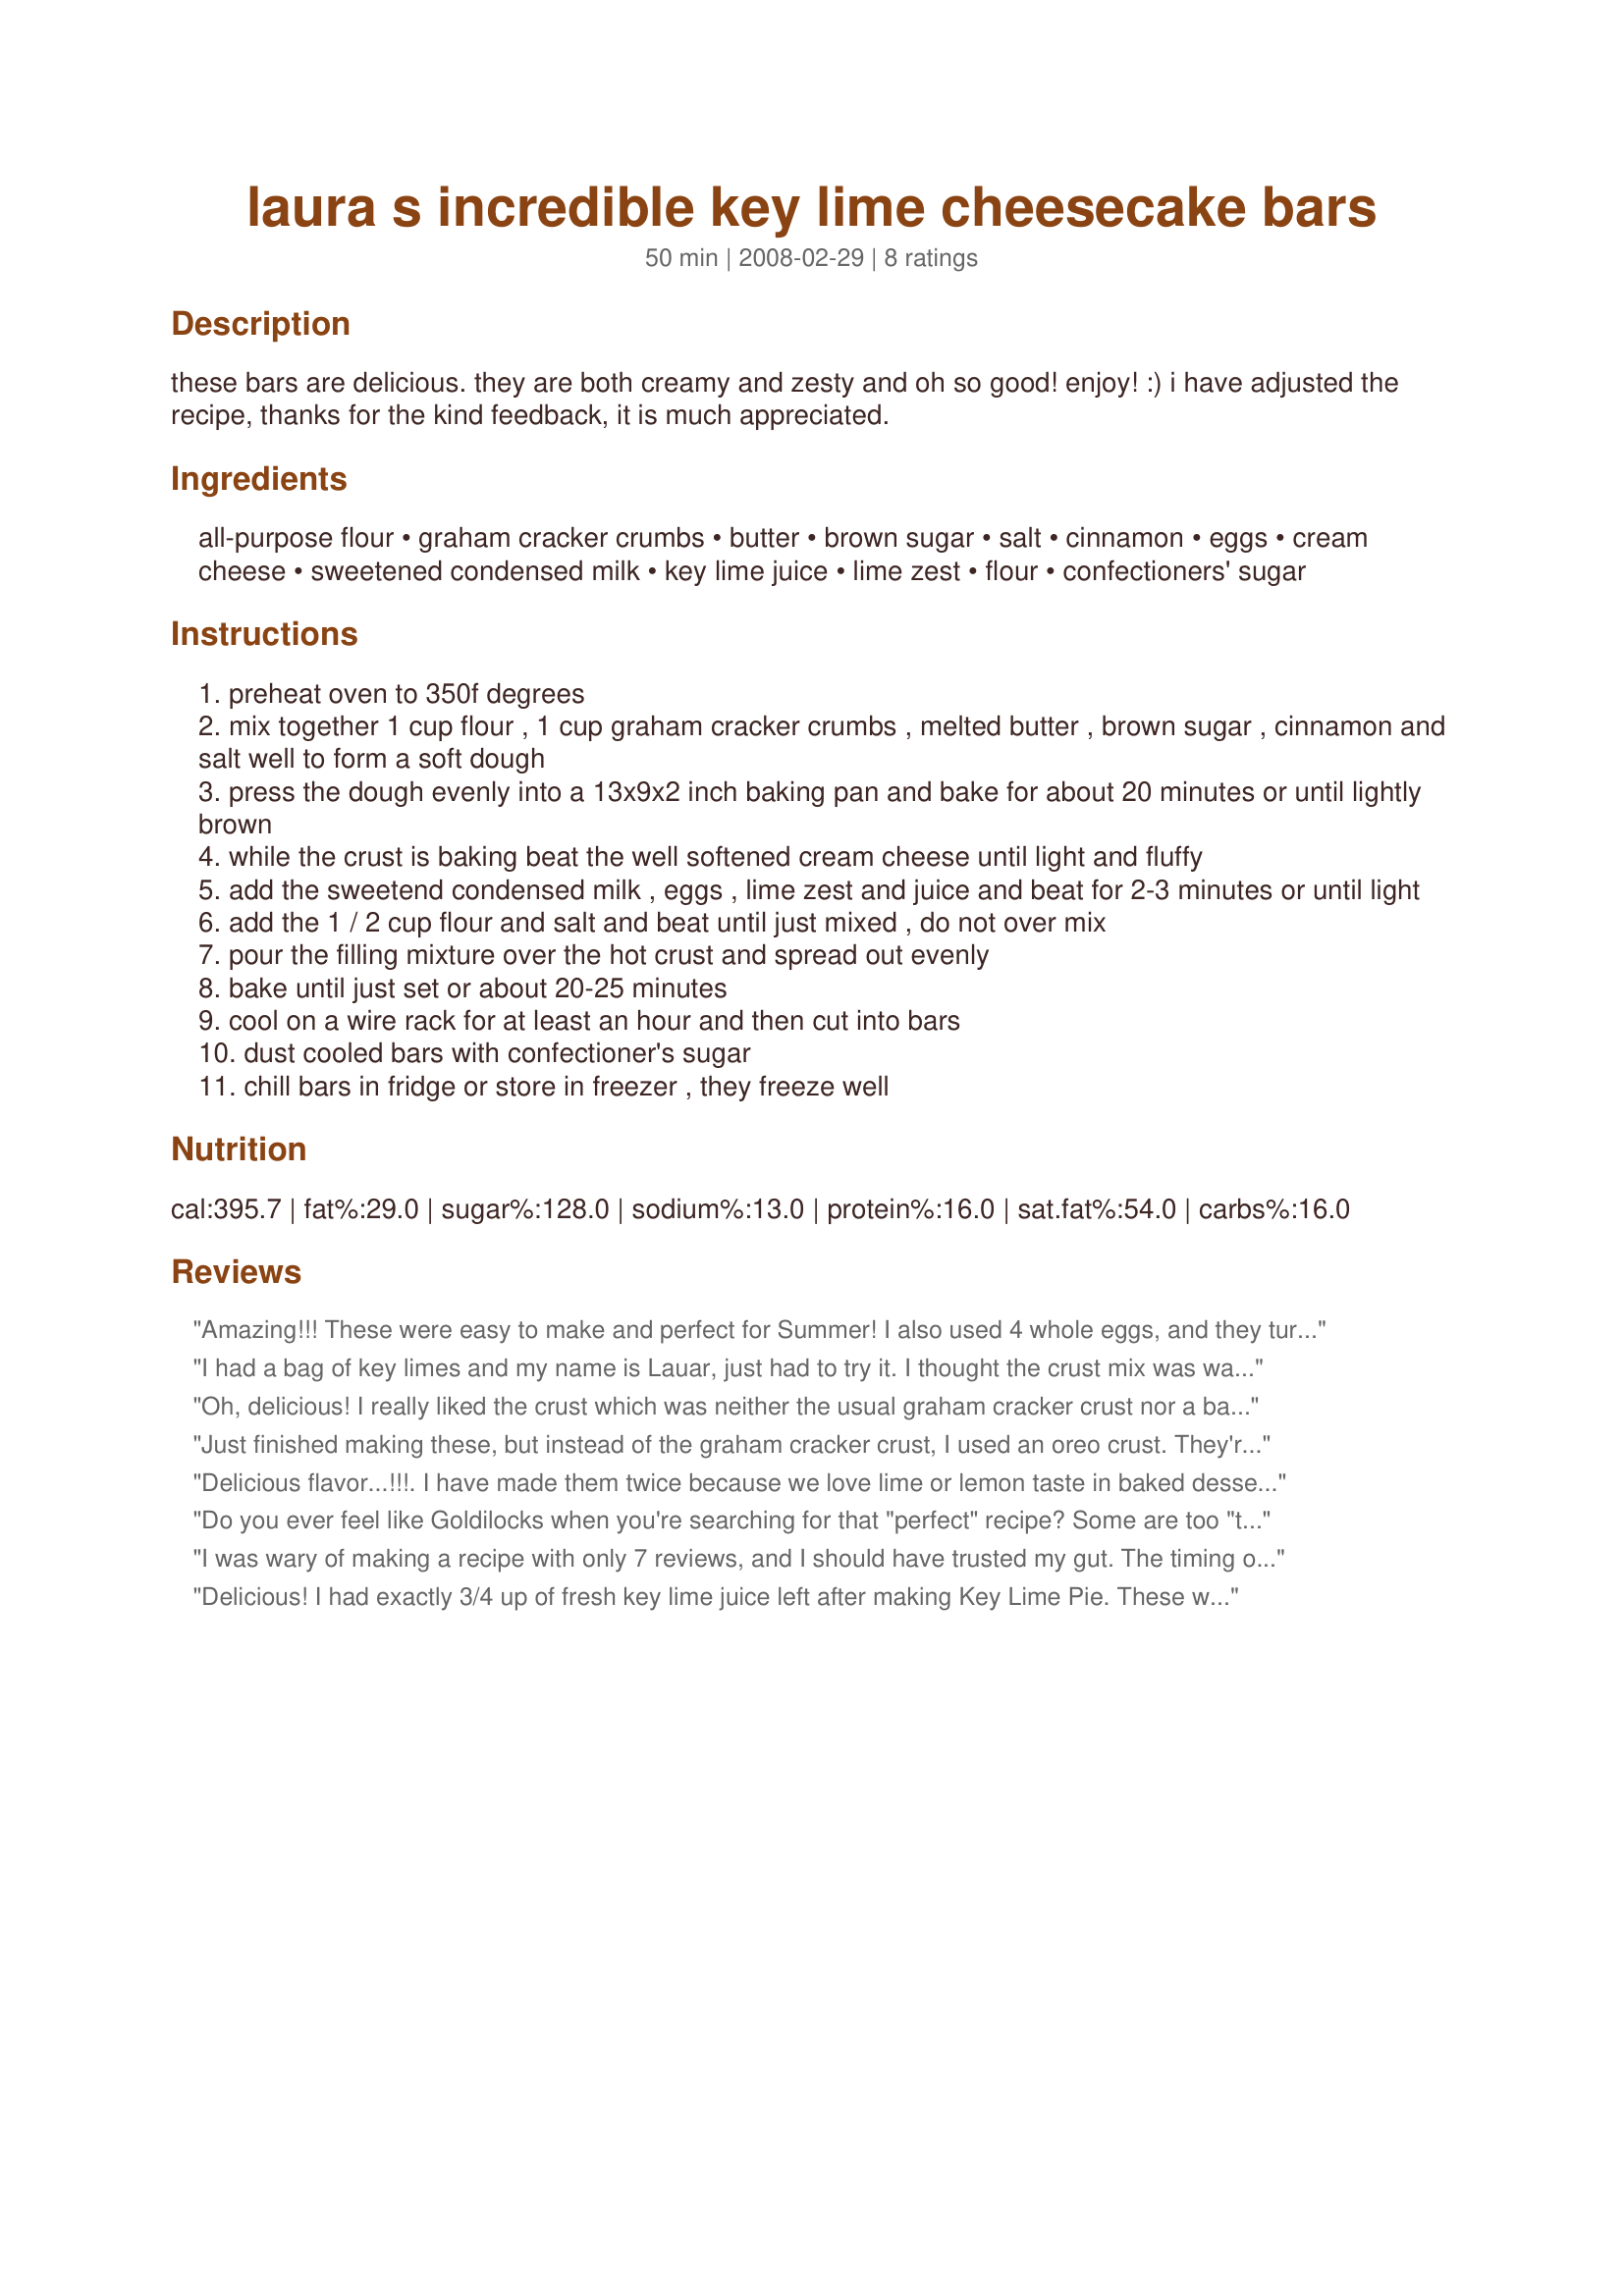
laura s incredible key lime cheesecake bars
Preparation time: 50 minutes

these bars are delicious. they are both creamy and zesty and oh so good! enjoy! :) i have adjusted the recipe, thanks for the kind feedback, it is much appreciated.

Ingredients:
all-purpose flour, graham cracker crumbs, butter, brown sugar, salt, cinnamon, eggs, cream cheese, sweetened condensed milk, key lime juice, lime zest, flour, confectioners' sugar

Steps:
preheat oven to 350f degrees
mix together 1 cup flour , 1 cup graham cracker crumbs , melted butter , brown sugar , cinnamon and salt well to form a soft dough
press the dough evenly into a 13x9x2 inch baking pan and bake for about 20 minutes or until lightly brown
while the crust is baking beat the well softened cream cheese until light and fluffy
add the sweetend condensed milk , eggs , lime zest and juice and beat for 2-3 minutes or until light
add the 1 / 2 cup flour and salt and beat until just mixed , do not over mix
pour the filling mixture over the hot crust and spread out evenly
bake until just set or about 20-25 minutes
cool on a wire rack for at least an hour and then cut into bars
dust cooled bars with confectioner's sugar
chill bars in fridge or store in freezer , they freeze well

Reviews:
Amazing!!! These were easy to make and perfect for Summer! I also used 4 whole eggs, and they turned out great. I usually don't like cheescake, but I just loved these and so did everyone else. I skipped topping them with powdered sugar, and piped on some fresh whipped cream instead. Thanks for the great recipe I will be making these for many many years to come! :)
I had a bag of key limes and my name is Lauar, just had to try it. I thought the crust mix was way too buttery, but to my surprise it worked beautifully. Easy and delicious. I topped mine with some candied lime zest. Thanks
Oh, delicious! I really liked the crust which was neither the usual graham cracker crust nor a batter crust, but something in between! Used a combination of lime juice and lemon juice (heavy on the lime) instead of key lime juice but otherwise followed the recipe. Would start checking for just-doneness at around 15 minutes the next time. Thank you for sharing!
Just finished making these, but instead of the graham cracker crust, I used an oreo crust. They're still cooling but they smell amazing!
Delicious flavor...!!!. I have made them twice because we love lime or lemon taste in baked desserts and these chessecake bars are out of this world. Thanks for this recipe, Taterbug! :)
Do you ever feel like Goldilocks when you're searching for that "perfect" recipe? Some are too "this"; some are too "that", but this one was "just right!" After making four different recipes for Key Lime Pie, I discovered something: no one in the family cared for them after the third bite! The fillings were just too thick, too tart and too much of it and our senses were overloaded soon after eating the pies. I needed something with the Key Lime "kick", but less of it. We were also equally burnt out on graham cracker crusts so I used Recipe #22036 as the base which was just flawless and I highly recommend!

I read through the recipe twice, noticed that in the Directions, there is a "hidden" 1/2 cup of flour that is needed to stablize the filling so don't leave it out! Used 4 whole eggs, added 1/8 tsp. of Boyajian Pure Lime Oil rather than the zest, added the 1/2 cup of flour to everything else and it poured right onto the hot crust. Baked for 20 minutes and was ever-so-slightly overdone; next time, I'll bake it for 15 minutes. Let it cool, cut everyone at the cookout a slice, with whipped cream on top and the entire pan was gone before I knew it! Just the perfect amount of Key Lime filling to crust; we finished every bite, for the very first time! A real treasure of a recipe for those that love cheesecake, Key Lime flavour or a lighter version of Key Lime Pie.
I was wary of making a recipe with only 7 reviews, and I should have trusted my gut. The timing on the crust was wrong--it smelled done at about 8 minutes and I should have taken it out. 15 made for a rock-hard crust that I couldn't cut through with a fork. I followed the reviews to bake for only 15 minutes, which was good. These bars &quot;weep&quot; quite a lot, so powdered sugar was pointless and by the time I got to the party, the tops were a wet sticky mess. Disappointed. Recipe needs lots of tweaking.
Delicious! I had exactly 3/4 up of fresh key lime juice left after making Key Lime Pie. These were great. I sprinkled with powdered sugar on top.
